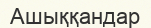
Ашыққандар